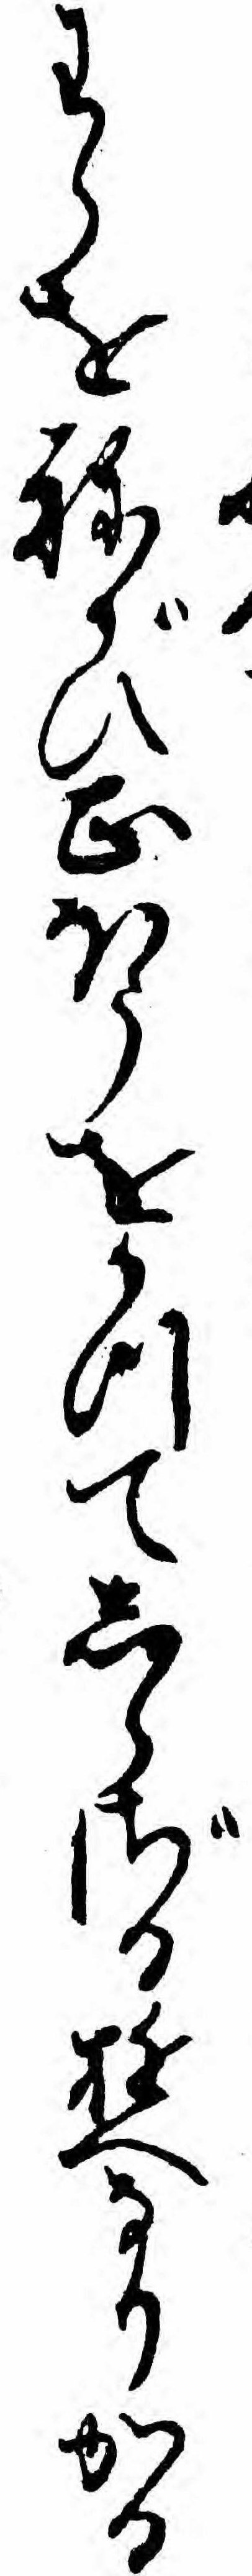
わらをねがひ正ほうをかつてしらざるゆへなりかる